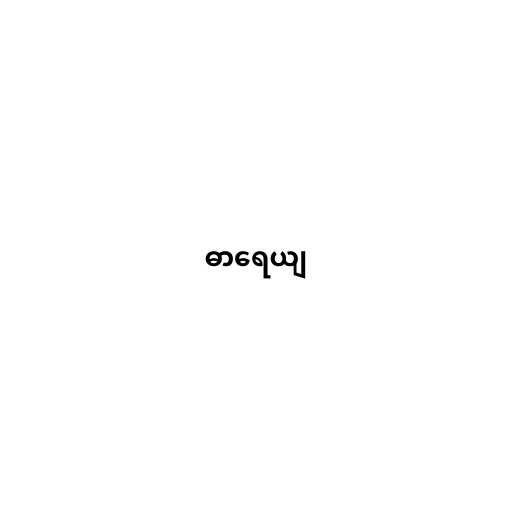
ဓာရေယျ